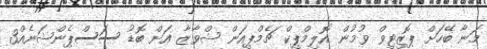
މަނާ ބޭހަށް ޕޮޒިޓިވް ވުމުން އޮލިމްޕިކް ޗެމްޕިއަން ޝްވާޒާ އަށް ބޮޑު ސަސްޕެންޝަނެއް3